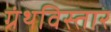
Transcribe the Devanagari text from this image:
ग्रंथविस्तार